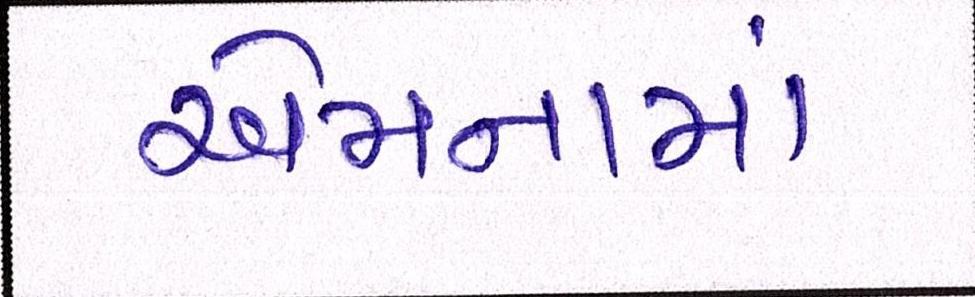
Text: એમનામાં